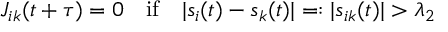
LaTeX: J _ { i k } ( t + \tau ) = 0 \quad \mathrm { i f } \quad | s _ { i } ( t ) - s _ { k } ( t ) | = : | s _ { i k } ( t ) | > \lambda _ { 2 }